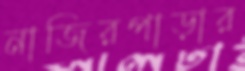
নাজিরপাড়ার